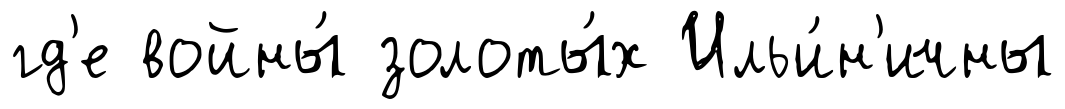
гд'е войны́ золоты́х Ильи́н'ичны